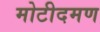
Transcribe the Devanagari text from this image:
मोटीदमण